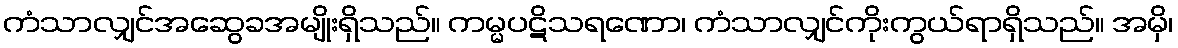
ကံသာလျှင်အဆွေခအမျိုးရှိသည်။ ကမ္မပဋိသရဏော၊ ကံသာလျှင်ကိုးကွယ်ရာရှိသည်။ အမှိ၊